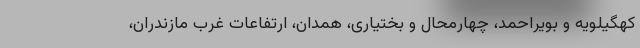
کهگیلویه و بویراحمد، چهارمحال و بختیاری، همدان، ارتفاعات غرب مازندران،